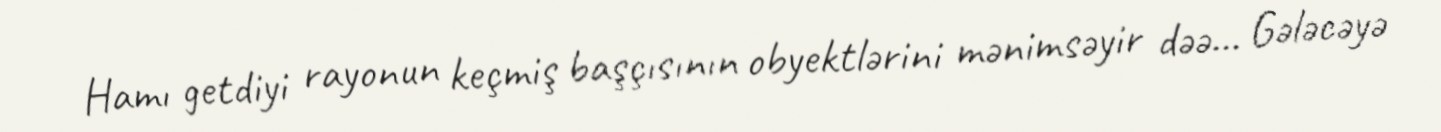
Hamı getdiyi rayonun keçmiş başçısının obyektlərini mənimsəyir dəə... Gələcəyə